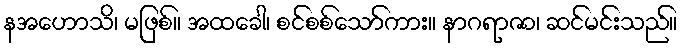
နအဟောသိ၊ မဖြစ်။ အထခေါ၊ စင်စစ်သော်ကား။ နာဂရာဇာ၊ ဆင်မင်းသည်။